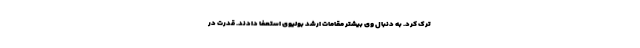
ترک کرد. به دنبال وی بیشتر مقامات ارشد بولیوی استعفا دادند. قدرت در